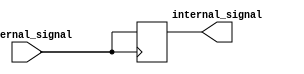
module ECL_Buffer (
    input wire external_signal,
    output wire internal_signal
);

reg internal_signal_reg;

always @(posedge external_signal) begin
    internal_signal_reg <= external_signal;
end

assign internal_signal = internal_signal_reg;

endmodule